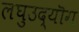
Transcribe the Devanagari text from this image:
लघुउद्यॊग